Vaccine operations Central Provinces 1868-1885 - 1868-1885
Year: 1868
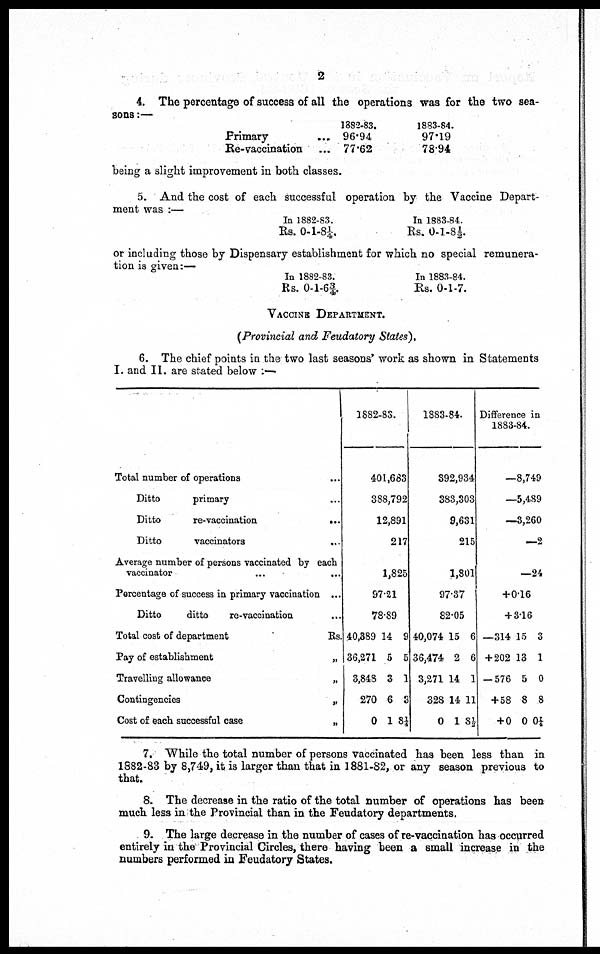
2
4. The percentage of success of all the operations was for the two sea-
sons :—
Primary ...
Re-vaccination ...
1882-83.
96.94
77.62
1883-84.
97.19
78.94
being a slight improvement in both classes.
5. And the cost of each successful operation by the Vaccine Depart-
ment was :—
In 1882-83.
Rs. 0-1-8¼
In 1883-84.
Rs. 0-1-8½.
or including those by Dispensary establishment for which no special remunera-
tion is given:—
In 1882-83.
Rs. 0-1-6¾.
In 1883-84.
Rs. 0-1-7.
VACCINE DEPARTMENT.
(Provincial and Feudatory States),
6. The chief points in the two last seasons' work as shown in Statements
I. and II. are stated below :—
Total number of operations ...
Ditto
primary ...
Ditto
re-vaccination
...
Ditto
vaccinators
...
Average number of persons vaccinated by each
vaccinator
...
...
Percentage of success in primary vaccination ...
Ditto
ditto
re-vaccination ...
Total cost of department
Rs.
Pay of establishment
„
Travelling allowance
„
Contingencies
„
Cost of each successful case
„
1882-83.
401,683
388,792
12,891
217
1,825
97.21
78.89
40,389
36,271
3,848
270
0
14
5
3
6
1
9
5
1
3
8¼
1883-84.
392,934
383,303
9,631
215
1,801
97.37
82.05
40,074
36,474
3,271
328
0
15
2
14
14
1
6
6
1
11
8½
Difference in
1883-84.
—8,749
—5,489
—3,260
—2
—24
+0.16
+ 3.16
—314
+202
—576
+58
+ 0
15
13
5
8
0
3
1
0
8
0¼
7. While the total number of persons vaccinated has been less than in
1882-83 by 8,749, it is larger than that in 1881-82, or any season previous to
that.
8. The decrease in the ratio of the total number of operations has been
much less in the Provincial than in the Feudatory departments.
9. The large decrease in the number of cases of re-vaccination has occurred
entirely in the Provincial Circles, there having been a small increase in the
numbers performed in Feudatory States.